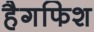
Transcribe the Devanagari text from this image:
हैगफिश